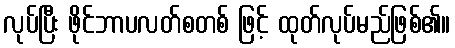
လုပ်ပြီး ဖိုင်ဘာပလတ်စတစ် ဖြင့် ထုတ်လုပ်မည်ဖြစ်၏။